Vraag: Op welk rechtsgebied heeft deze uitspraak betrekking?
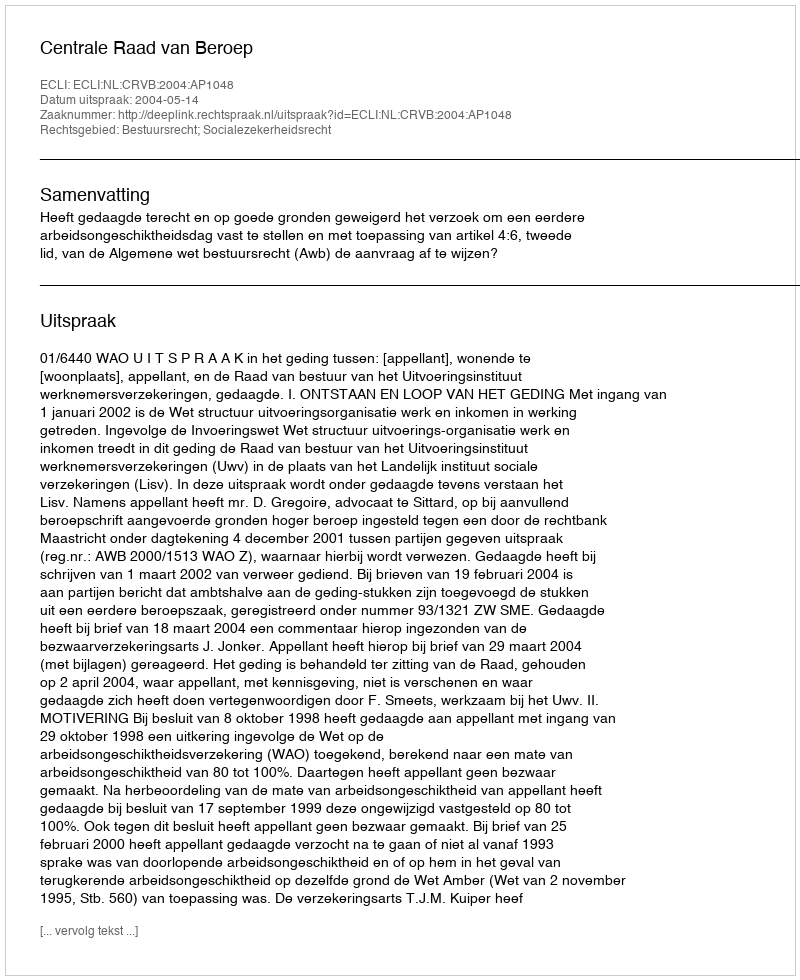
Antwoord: Bestuursrecht; Socialezekerheidsrecht